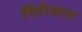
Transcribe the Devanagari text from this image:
मिरियाना